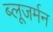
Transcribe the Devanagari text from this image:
ब्लूजर्मन